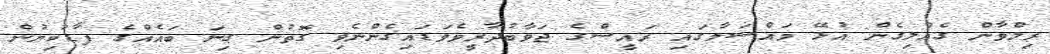
ރިލްވާން ގެއްލިގެން އުޅޭ މައްސަލާގައި ރައީސްގެ ޖަވާބުދާރީވެވަޑައިގެންނެވި ގޮތުން ގިނަ ބައެއްގެ ފާޑުކިޔުން